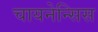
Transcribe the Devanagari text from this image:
चायनेन्सिस